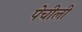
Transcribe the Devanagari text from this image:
पेचीली